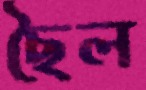
ছৈল